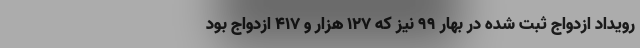
رویداد ازدواج ثبت شده در بهار ۹۹ نیز که ۱۲۷ هزار و ۴۱۷ ازدواج بود